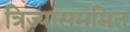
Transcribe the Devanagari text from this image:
त्रिज्यासममित